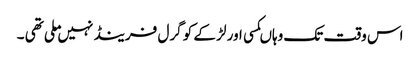
اس وقت تک وہاںکسی اور لڑ کے کو گرل فرینڈ نہیں ملی تھی ۔